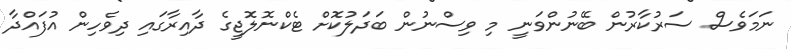
ނަމަވެސް ސަރުކާރުން ބޭނުންވަނީ މި ވިސްނުން ބަދަލުކޮށް ޓެކްނޮލޮޖީގެ ދާއިރާގައި ދިވެހިން އުފައްދާ